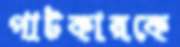
পাটকারকে